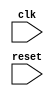
module timing_control_and_sync (
    input wire clk,
    input wire reset,
    // add additional input and output ports as needed
    
);

// Insert Verilog code for timing control and synchronization blocks here

endmodule